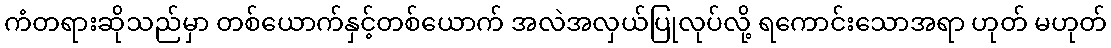
ကံတရားဆိုသည်မှာ တစ်ယောက်နှင့်တစ်ယောက် အလဲအလှယ်ပြုလုပ်လို့ ရကောင်းသောအရာ ဟုတ် မဟုတ်